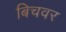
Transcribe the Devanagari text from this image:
बिचवर